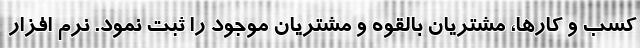
کسب و کارها، مشتریان بالقوه و مشتریان موجود را ثبت نمود. نرم افزار